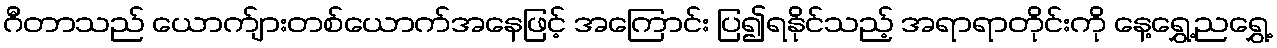
ဂီတာသည် ယောက်ျားတစ်ယောက်အနေဖြင့် အကြောင်း ပြ၍ရနိုင်သည့် အရာရာတိုင်းကို နေ့ရွှေ့ညရွှေ့